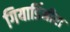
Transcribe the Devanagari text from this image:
गियार्डिनीरा